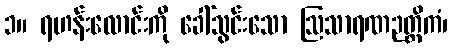
၁။ ရဟန်းလောင်းကို ခေါ်သွင်းသော ဩသာရဏဉတ္တိကံ၊